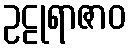
ဥဠုရာဇာဝ